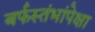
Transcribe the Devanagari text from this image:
बर्फस्तंभांपेक्षा